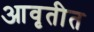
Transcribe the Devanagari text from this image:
आवृतीत